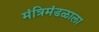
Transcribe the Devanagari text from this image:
मंत्रिमंडळाला